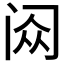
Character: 𬮥